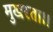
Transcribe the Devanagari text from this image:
मुखरता।।